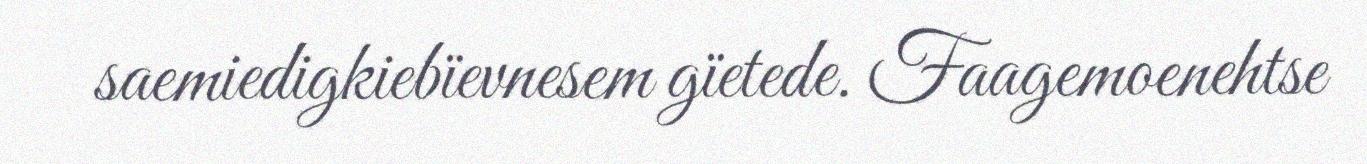
saemiedigkiebïevnesem gïetede. Faagemoenehtse